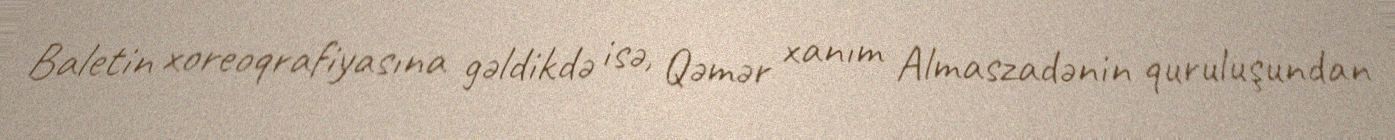
Baletin xoreoqrafiyasına gəldikdə isə, Qəmər xanım Almaszadənin quruluşundan